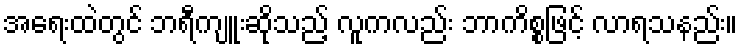
အရေးထဲတွင် ဘရီကျူးဆိုသည့် လူကလည်း ဘာကိစ္စဖြင့် လာရသနည်း။